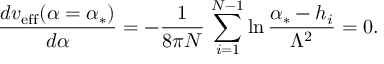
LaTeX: { \frac { d v _ { \mathrm { e f f } } ( \alpha = \alpha _ { * } ) } { d \alpha } } = - { \frac { 1 } { 8 \pi N } } \, \sum _ { i = 1 } ^ { N - 1 } \ln { \frac { \alpha _ { * } - h _ { i } } { \Lambda ^ { 2 } } } = 0 .